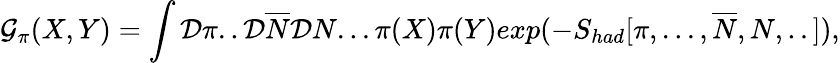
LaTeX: {\cal G}_{\pi}(X,Y)=\int{\cal D}\pi..{\cal D}\overline{{{N}}}{\cal D}N...\pi(X)\pi(Y)exp(-S_{had}[\pi,...,\overline{{{N}}},N,..]),